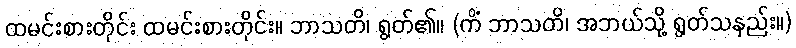
ထမင်းစားတိုင်း ထမင်းစားတိုင်း။ ဘာသတိ၊ ရွတ်၏။ (ကိံ ဘာသတိ၊ အဘယ်သို့ ရွတ်သနည်း။)